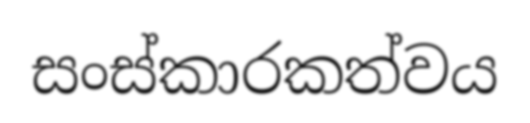
සංස්කාරකත්වය